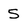
Character: 5